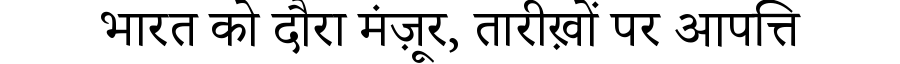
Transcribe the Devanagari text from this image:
भारत को दौरा मंज़ूर, तारीख़ों पर आपत्ति